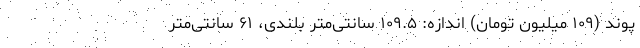
پوند (۱۰۹ میلیون تومان) اندازه: ۱۰۹.۵ سانتی‌متر بلندی، ۶۱ سانتی‌متر